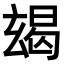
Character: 𤣨